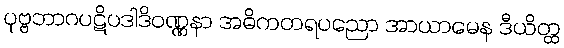
ပုဗ္ဗဘာဂပဋိပဒါဒိဝဏ္ဏနာ အဓိကတရပညော အာယာမေန ဒီယိတ္ထ